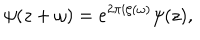
\psi ( z + \omega ) = e ^ { 2 \pi i \zeta ( \omega ) } \psi ( z ) ,